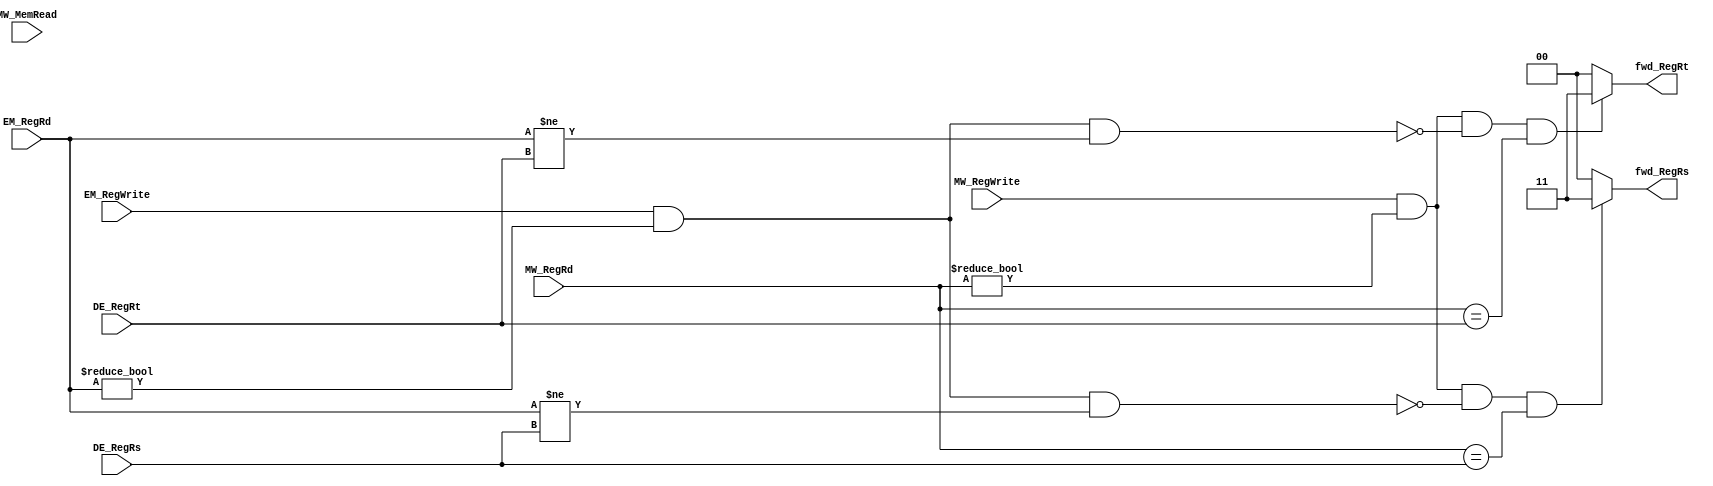
module MemToEx_Fwd(

input MW_RegWrite, //MEM to WB control to write register 
input MW_MemRead, //MEM to WB control to read register 
input EM_RegWrite,	//EX to MEM control to Write Register 
input [3:0] MW_RegRd,	//Destination Register in MEM/WB 
input [3:0] EM_RegRd,	//Destination Register in EX/MEM
input [3:0] DE_RegRs,	//Source Register1 in ID/EX
input [3:0] DE_RegRt, 	//Source Register 2 in ID/EX
output [1:0] fwd_RegRs,	//data going into ALU from reg 1 
output [1:0] fwd_RegRt	//data going into ALU from reg2 
);

//assign ForwardA = ((MW_RegWrite) & (MW_RegRd != 4'h0) & (~((EM_RegWrite) & (EM_RegRd != 4'h0) & (EM_RegRd != DE_RegRs))) & (MW_RegRd == DE_RegRs)) ? 2'b01 :  
//assign ForwardB = ((MW_RegWrite) & (MW_RegRd != 4'h0) & (~((EM_RegWrite) & (EM_RegRd != 4'h0) & (EM_RegRd != DE_RegRt))) & (MW_RegRd == DE_RegRt))  
assign fwd_RegRs = ((MW_RegWrite) & (MW_RegRd != 4'h0) & (~((EM_RegWrite) & (EM_RegRd != 4'h0) & (EM_RegRd != DE_RegRs))) & (MW_RegRd == DE_RegRs)) ? 2'b11 : 2'b00;
assign fwd_RegRt = ((MW_RegWrite) & (MW_RegRd != 4'h0) & (~((EM_RegWrite) & (EM_RegRd != 4'h0) & (EM_RegRd != DE_RegRt))) & (MW_RegRd == DE_RegRt)) ? 2'b11 : 2'b00;

endmodule